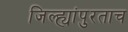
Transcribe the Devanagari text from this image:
जिल्ह्यांपुरताच